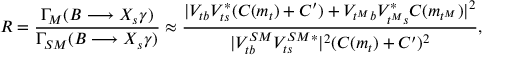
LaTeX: R = \frac { \Gamma _ { M } ( B \longrightarrow X _ { s } \gamma ) } { \Gamma _ { S M } ( B \longrightarrow X _ { s } \gamma ) } \approx \frac { | V _ { t b } V _ { t s } ^ { * } ( C ( m _ { t } ) + C ^ { \prime } ) + V _ { t ^ { M } b } V _ { t ^ { M } s } ^ { * } C ( m _ { t ^ { M } } ) | ^ { 2 } } { | V _ { t b } ^ { S M } V _ { t s } ^ { S M * } | ^ { 2 } ( C ( m _ { t } ) + C ^ { \prime } ) ^ { 2 } } ,